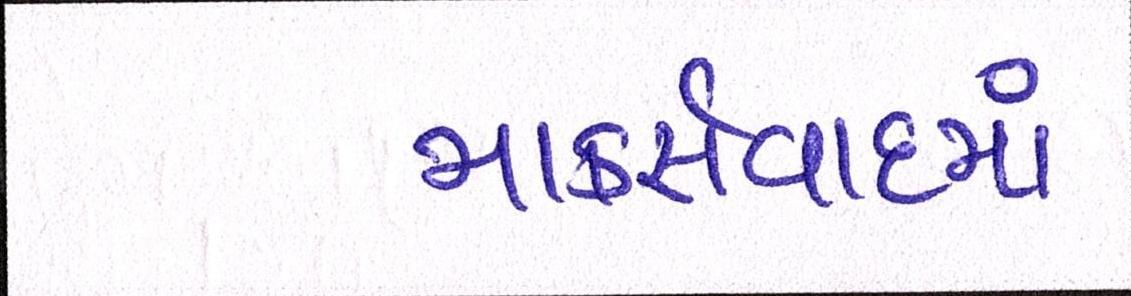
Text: માર્ક્સવાદમાં